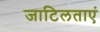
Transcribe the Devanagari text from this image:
जाटिलताएं